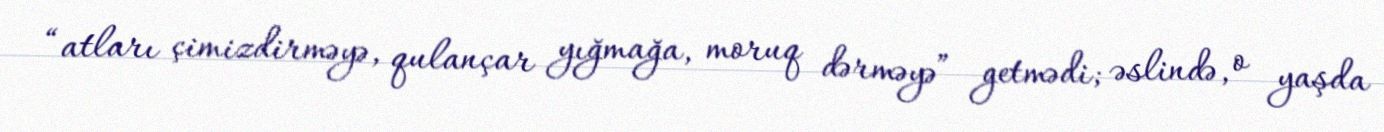
“atları çimizdirməyə, qulançar yığmağa, moruq dərməyə” getmədi; əslində, o yaşda